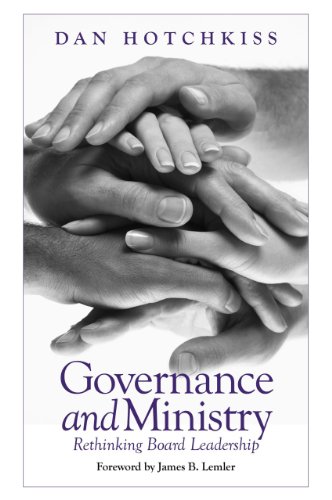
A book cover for Governance and Ministry: Rethinking Board Leadership; Dan Hotchkiss consultant; Christian Books & Bibles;